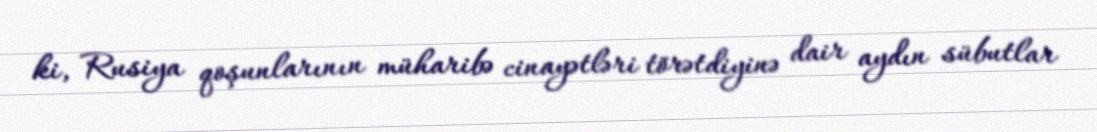
ki, Rusiya qoşunlarının müharibə cinayətləri törətdiyinə dair aydın sübutlar